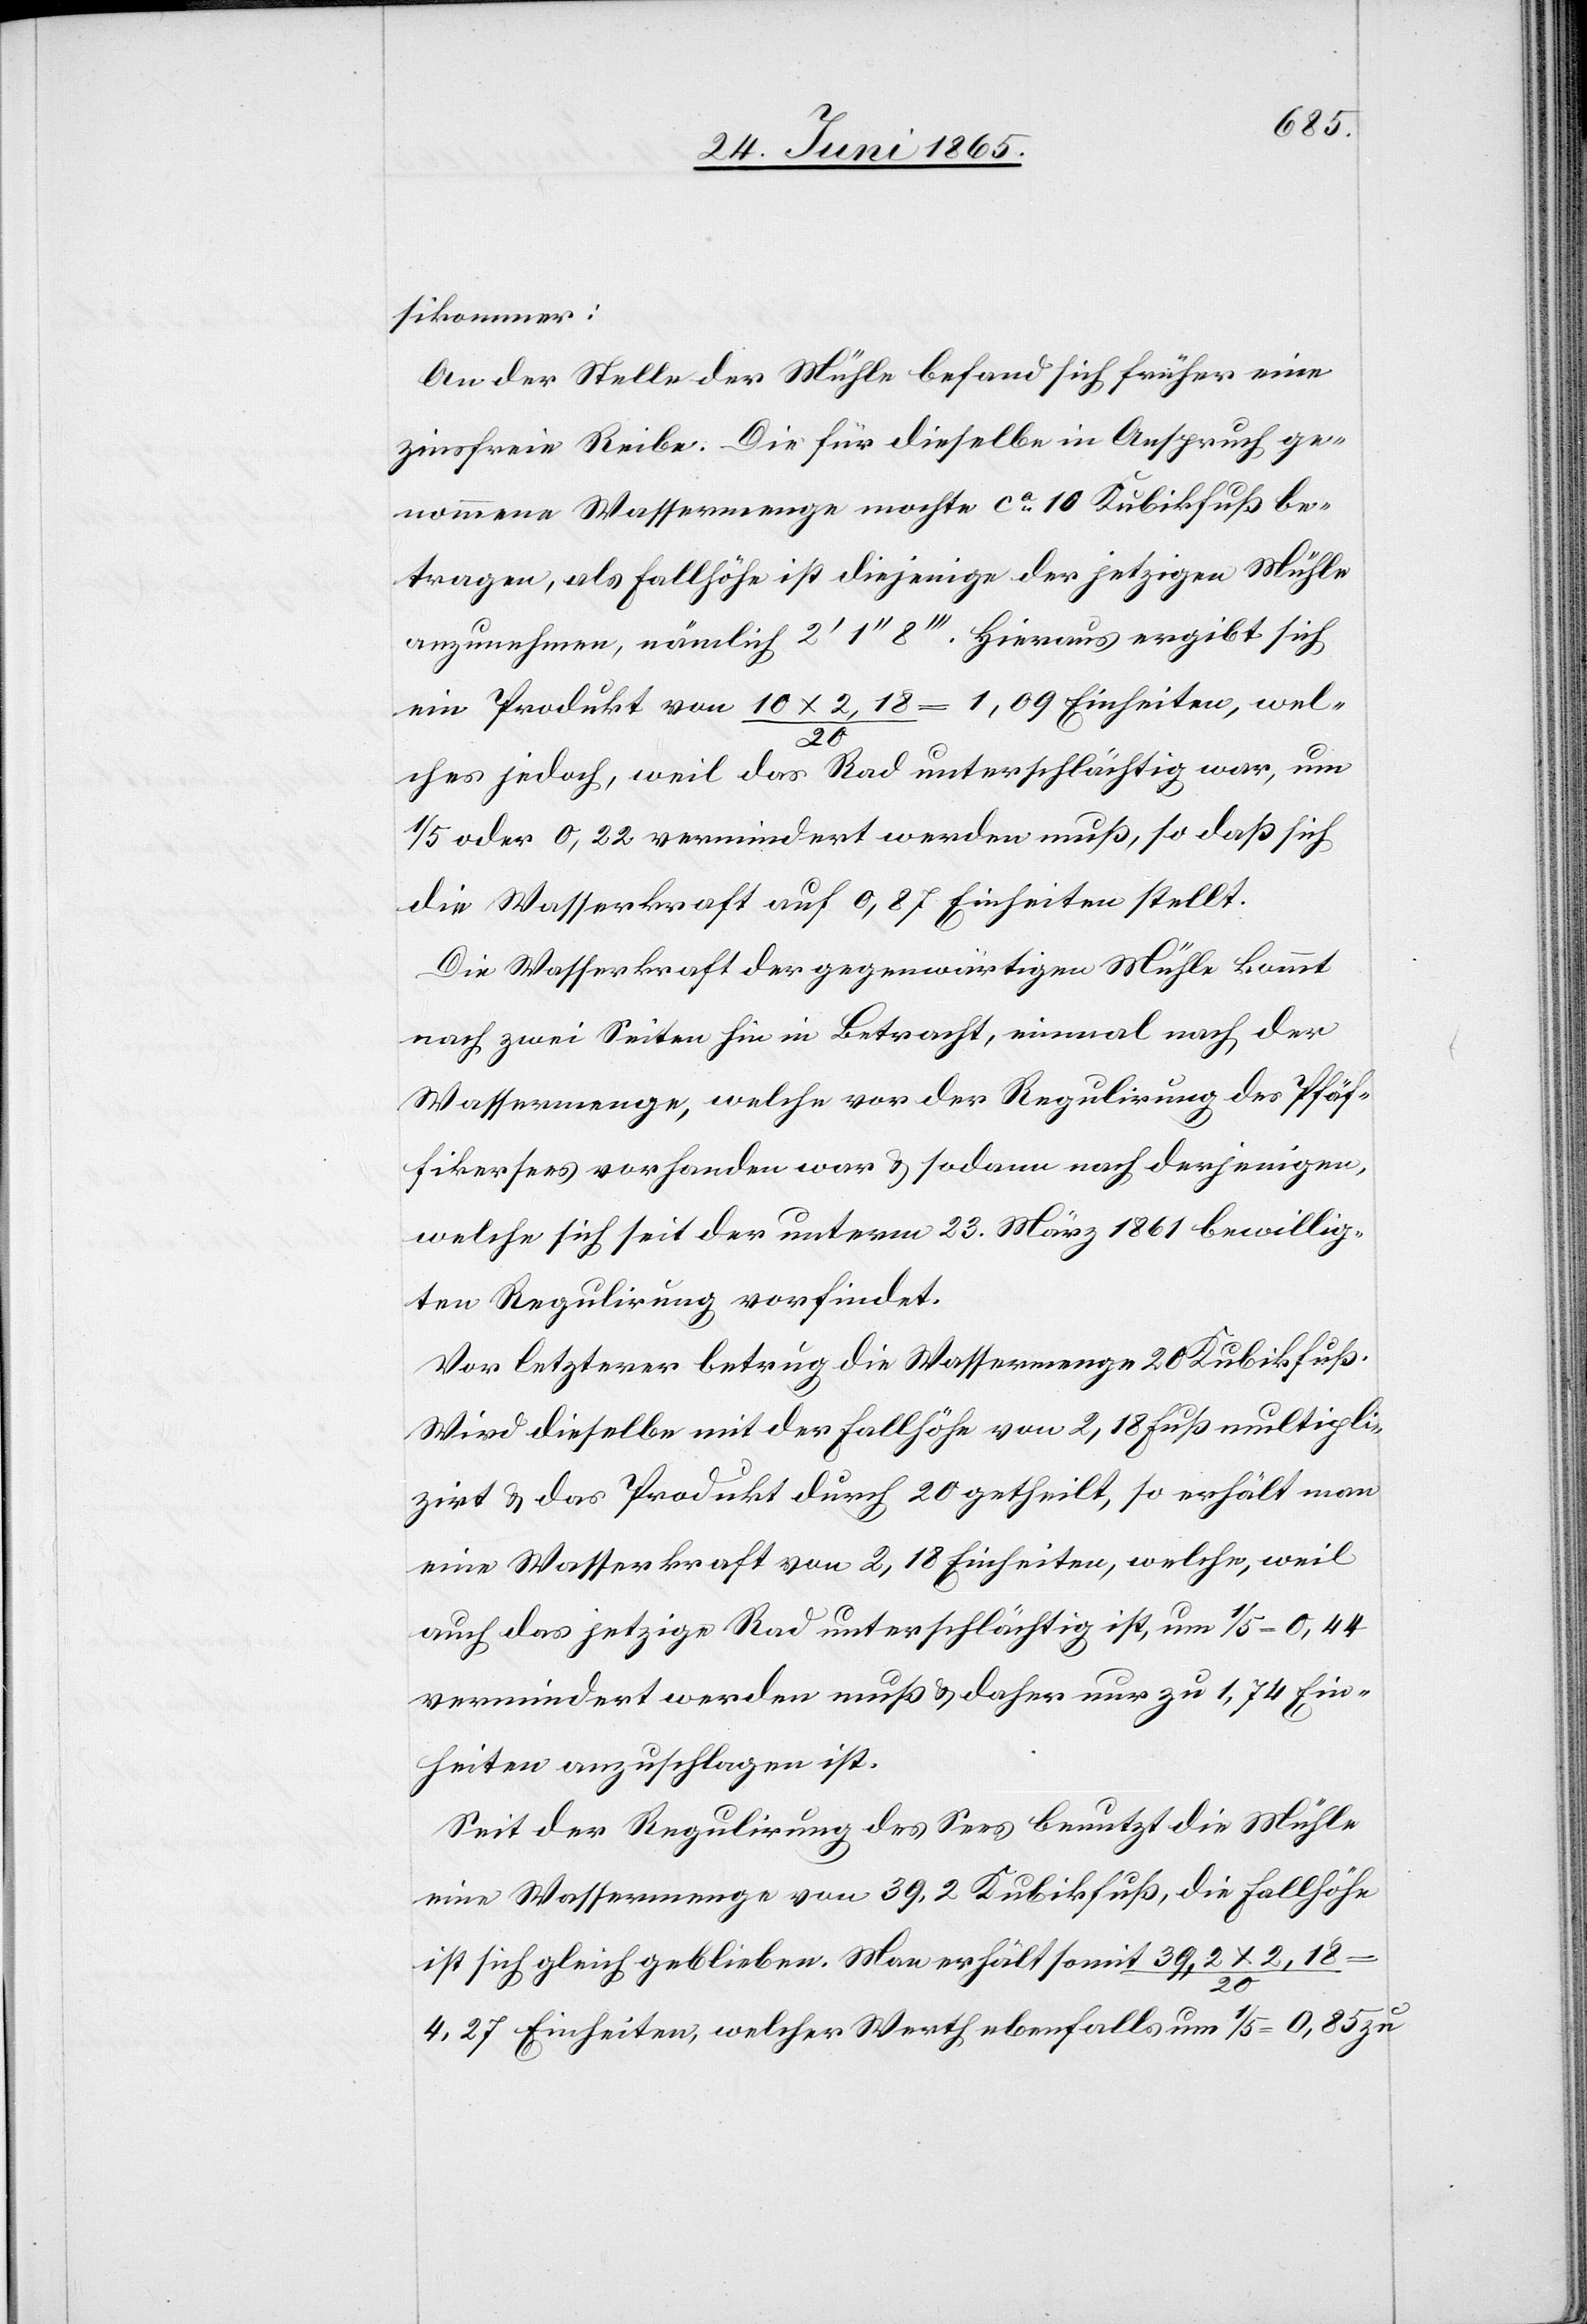
sikommer:
An der Stelle der Mühle befand sich früher eine
zinsfreie Reibe. Die für dieselbe in Anspruch ge¬
nommene Wassermenge mochte ca 10 Kubikfuß be¬
tragen, als Fallhöhe ist diejenige der jetzigen Mühle
anzunehmen, nämlich 2’ 1’’ 8’’’. Hieraus ergibt sich
ein Produkt von 10 x 2,18/20 = 1.09 Einheiten, wel¬
ches jedoch, weil das Rad unterschlächtig war, um
1/5 oder 0,22 vermindert werden muß, so daß sich
die Wasserkraft auf 0.87 Einheiten stellt.
Die Wasserkraft der gegenwärtigen Mühle kommt
nach zwei Seiten hin in Betracht, einmal nach der
Wassermenge, welche vor der Regulirung des Pfäf¬
fikersees vorhanden war & sodann nach derjenigen,
welche sich seit der unterm 23. März 1861 bewillig¬
ten Regulirung vorfindet.
Vor letzterer betrug die Wassermenge 20 Kubikfuß.
Wird dieselbe mit der Fallhöhe von 2,18 Fuß multipli¬
zirt & das Produkt durch 20 getheilt, so erhält man
eine Wasserkraft von 2,18 Einheiten, welche, weil
auch das jetzige Rad unterschlächtig ist, um 1/5–0,44
vermindert werden muß & daher nur zu 1,74 Ein¬
heiten anzuschlagen ist.
Seit der Regulirung des Sees benutzt die Mühle
eine Wassermenge von 39,2 Kubikfuß, die Fallhöhe
ist sich gleich geblieben. Man erhält somit 39,2 x 2,18/20
4,27 Einheiten, welcher Werth ebenfalls um 1/5 = 0.85 zu